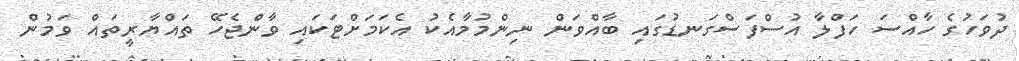
ދުވަހުގެ ހާއްސަ ހަފްލާ އުސްފަސްގަނޑުގައި ބާއްވަން ނިންމުމާއެކު އެކަމަށްޓަކައި ވާންޖެހޭ ތައްޔާރީތައް ވަމުން